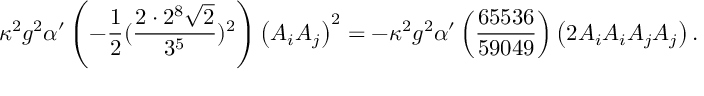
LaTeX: \kappa ^ { 2 } g ^ { 2 } \alpha ^ { \prime } \left( - \frac { 1 } { 2 } ( \frac { 2 \cdot 2 ^ { 8 } \sqrt { 2 } } { 3 ^ { 5 } } ) ^ { 2 } \right) \left( A _ { i } A _ { j } \right) ^ { 2 } = - \kappa ^ { 2 } g ^ { 2 } \alpha ^ { \prime } \left( \frac { 6 5 5 3 6 } { 5 9 0 4 9 } \right) \left( 2 A _ { i } A _ { i } A _ { j } A _ { j } \right) .